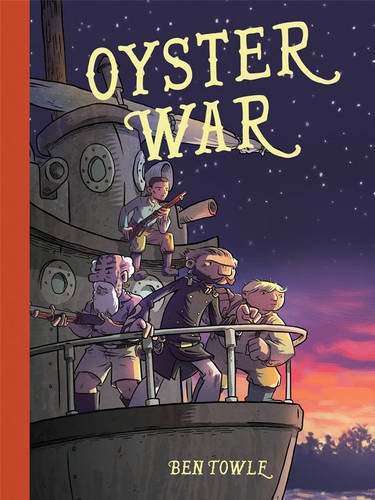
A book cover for Oyster War; Ben Towle; Comics & Graphic Novels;